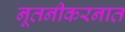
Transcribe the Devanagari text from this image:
नूतनीकरनात